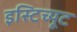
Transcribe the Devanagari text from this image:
इस्‍टिच्‍यूट